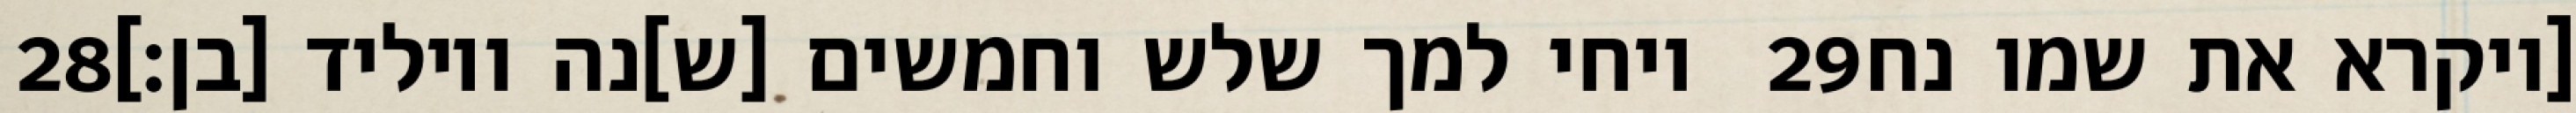
‎28‏ ויחי למך שלש וחמשים [ש]נה ויוליד [בן׃] ‎29‏ [ויקרא את שמו נח